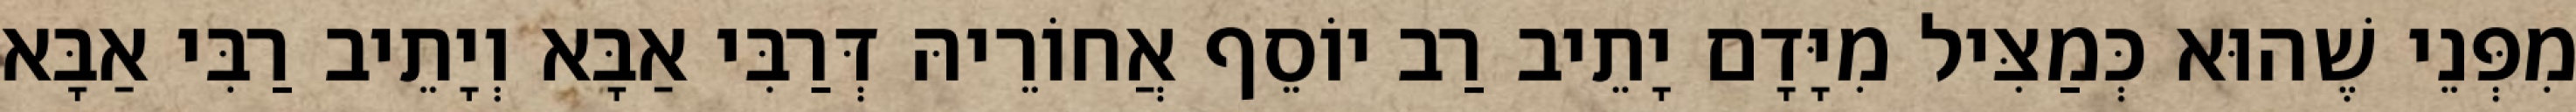
מִפְּנֵי שֶׁהוּא כְּמַצִּיל מִיָּדָם יָתֵיב רַב יוֹסֵף אֲחוֹרֵיהּ דְּרַבִּי אַבָּא וְיָתֵיב רַבִּי אַבָּא